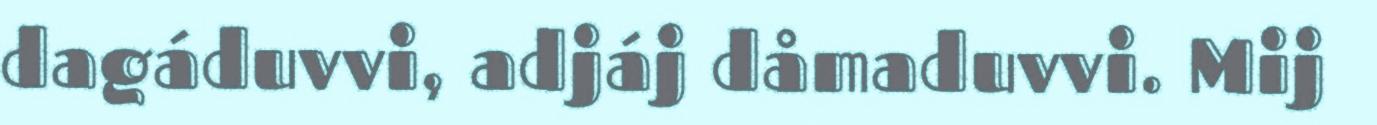
dagáduvvi, adjáj dåmaduvvi. Mij